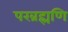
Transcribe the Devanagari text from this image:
परब्रह्मणि